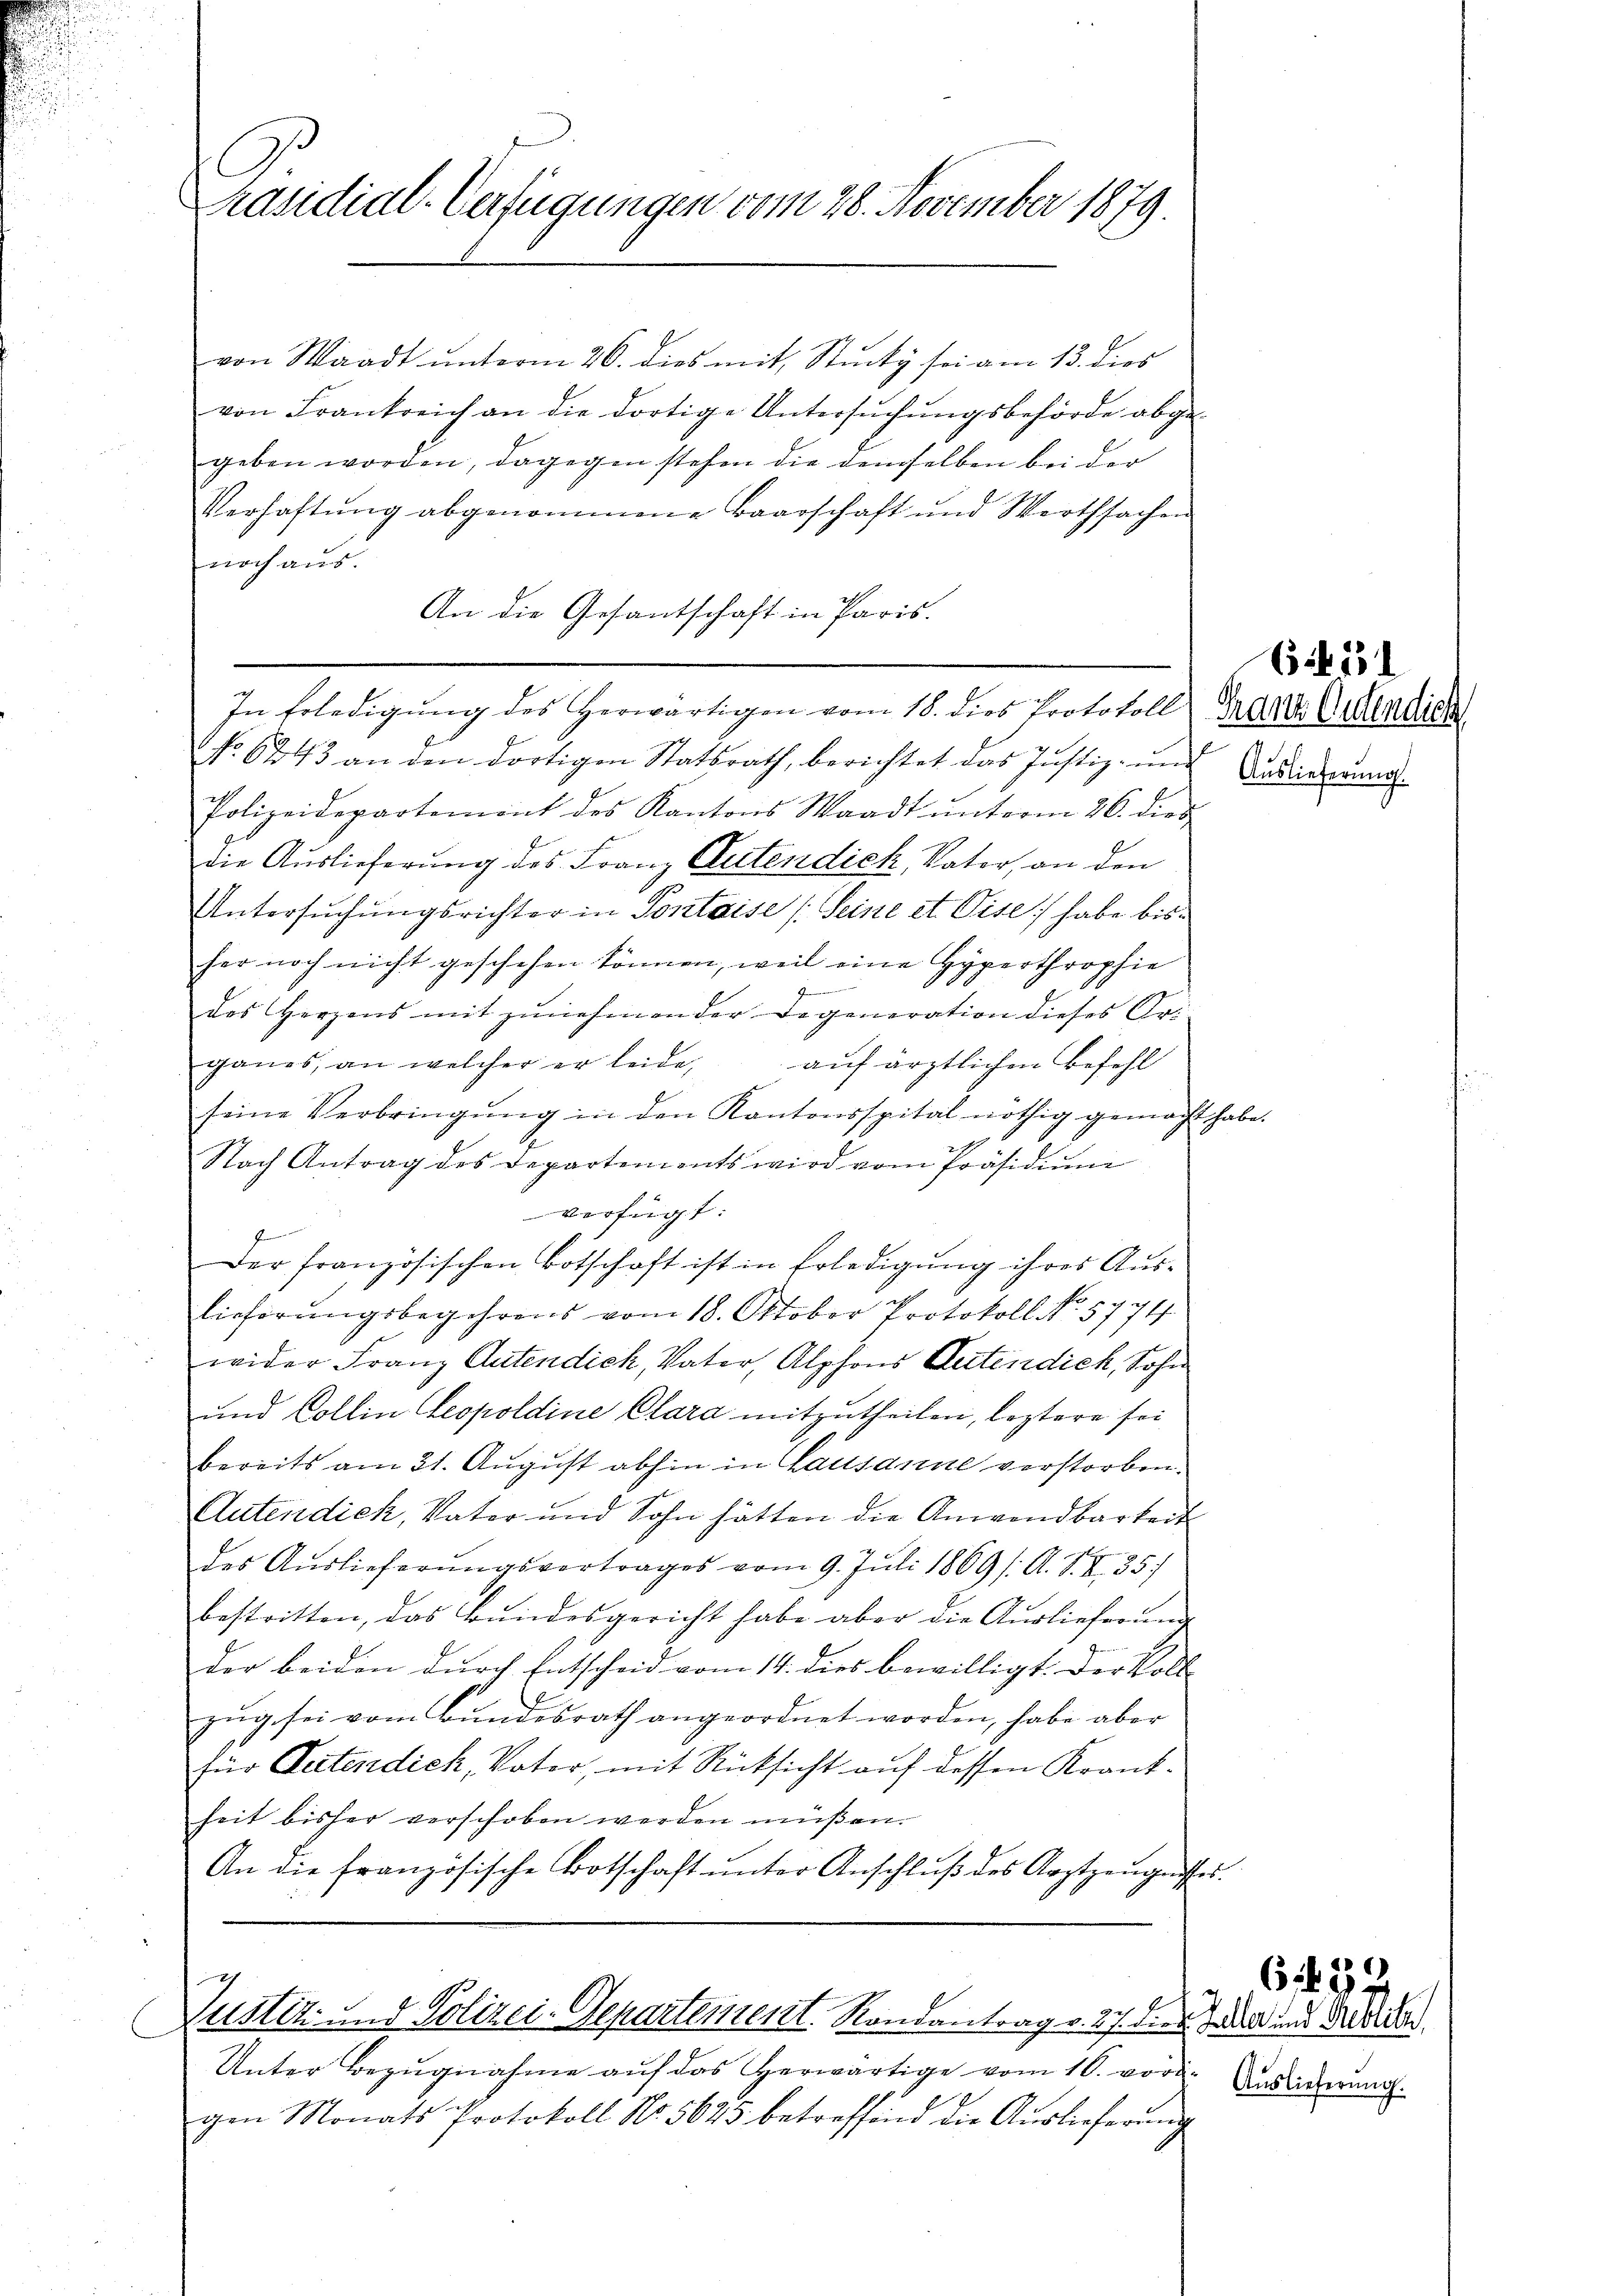
C
Präsidial-Verfügungen vom 28. November 1879.

von Waadt ŭnterm 26. dies mit Stücky sei am 13. dies
von Frankreich an die dortige Untersuchungsbehörde abge-
geben worden, dagegen stehen die demselben bei der
Verhaftŭng abgenommene Baarschaft und Wertsachen
noch aus.
An die Gesantschaft in Paris.

In Erledigŭng des Herwärtigen vom 18. dies Protokoll Franz Credica
No 6243 an den dortigen Statsrath, berichtet das Justiz- und Ansierun
Polizeidepartement des Kantons Waadt ŭnterm 26. dies,
die Auslieferung des Franz Gutendick, Vater, an den
Untersŭchŭngsrichter in Pontaise (Seine et Pise) habe bisher noch nicht geschehen können, weil eine Hyperthrophie
des Herzens mit zŭnehmen der Degeneration dieses Arganes, an welcher er leide, aŭf ärztlichen Befehl
seine Verbringŭng in den Kantonsspital nöthig gemacht habe.
Nach Antrag des Departements wird vom Präsidiŭm
verfügt:
f
Der französischen Botschaft ist in Erledigung ihres Aus¬
Eieferungsbegehrens vom 18. Oktober Protokoll No 5774
wider Franz Autendich, Vater, Alphons Gutendich, Sohn
und Collin Leopoldine Clara mitzutheilen, leztere sei
bereits am 21. August abhin in Lausanne verstorben.
Autendick, Vater und Sohn hätten die Anwendbarkeit
des Aŭslieferŭngsvertrages vom 9. Juli 1869 /A. S. S. 35
bestritten, das Bŭndesgericht habe aber die Aŭslieferŭng
der beiden durch Entscheid vom 14. dies bewilligt. Der Voll-
zug sei vom Bundesrath angeordnet worden, habe aber
für Seitendick, Vater, mit Rücksicht auf dessen Krantheit bisher verschoben werden müßen.
An die französische Botschaft ŭnter Anschlŭβ des Arztzeŭgnisses.

7
ges.
Zustiz- und Polizei-Departement. Rondantrag v. 17. dies Saal und Bera
C

Unter Bezugnahme auf das herwärtige vom 16. vorgen Monats Protokoll No. 5623 betreffend die Aŭslieferŭng

(§. 1531

Auslieferung.

6434